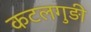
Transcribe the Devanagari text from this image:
कटलगुड़ी